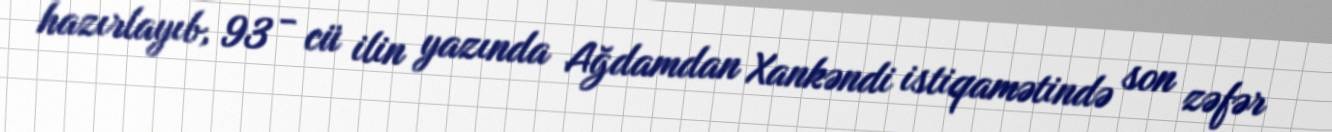
hazırlayıb, 93 - cü ilin yazında Ağdamdan Xankəndi istiqamətində son zəfər